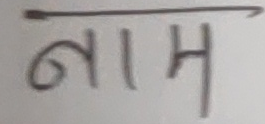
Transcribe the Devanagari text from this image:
नाम